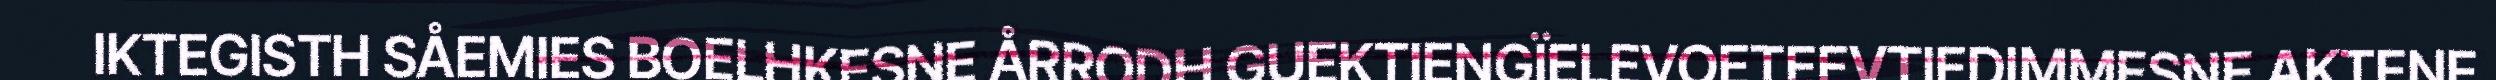
IKTEGISTH SÅEMIES BOELHKESNE ÅRRODH GUEKTIENGÏELEVOETEEVTIEDIMMESNE AKTENE